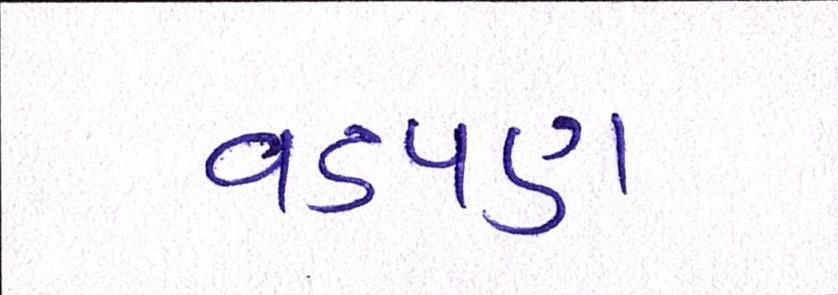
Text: વડપણ